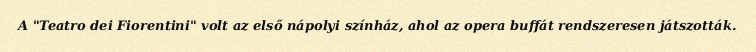
A "Teatro dei Fiorentini" volt az első nápolyi színház, ahol az opera buffát rendszeresen játszották.